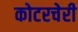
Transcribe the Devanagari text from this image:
कोटरचेरी